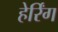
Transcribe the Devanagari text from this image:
हेर्रिंग